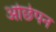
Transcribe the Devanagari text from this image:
ओछेपन